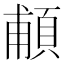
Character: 𩒺